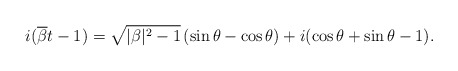
\begin{align*} i(\overline{\beta}t-1)= \sqrt{|\beta|^2-1}\,(\sin\theta- \cos\theta) + i(\cos \theta+\sin \theta - 1). \end{align*}